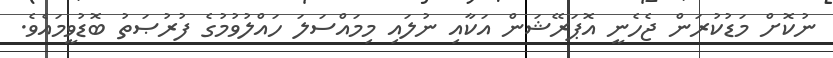
ނުކޮށް މަޑުކުރަން ޖެހެނީ އޮޕަރޭޝަން އަކާއި ނުލައި މިމައްސަލަ ހައްލުވުމުގެ ފުރުޞަތު ބޮޑުވީމައެވެ.